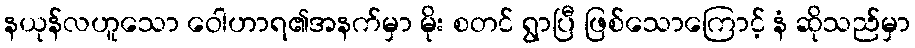
နယုန်လဟူသော ဝေါဟာရ၏အနက်မှာ မိုး စတင် ရွာပြီ ဖြစ်သောကြောင့် နံ ဆိုသည်မှာ